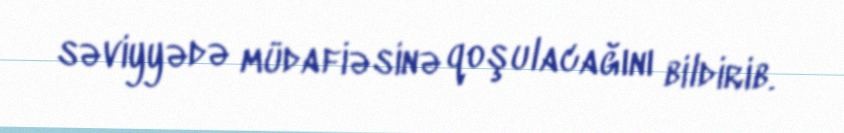
səviyyədə müdafiəsinə qoşulacağını bildirib.